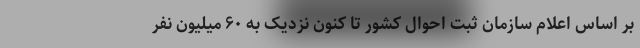
بر اساس اعلام سازمان ثبت احوال کشور تا کنون نزدیک به ۶۰ میلیون نفر